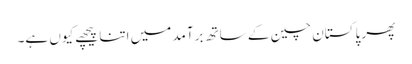
پھر پاکستان چین کے ساتھ برآمد میں اتنا پیچھے کیوں ہے۔